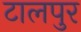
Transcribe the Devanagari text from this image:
टालपुर